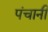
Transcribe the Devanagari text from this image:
पंचानी